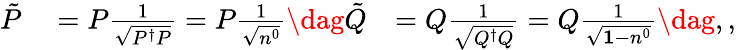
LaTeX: \begin{array}{rlr}{\tilde{P}}&{{}=P\frac{1}{\sqrt{P^{\dagger}P}}=P\frac{1}{\sqrt{n^{0}}}\dag\tilde{Q}}&{=Q\frac{1}{\sqrt{Q^{\dagger}Q}}=Q\frac{1}{\sqrt{\mathbf{1}-n^{0}}}\dag,,}\end{array}